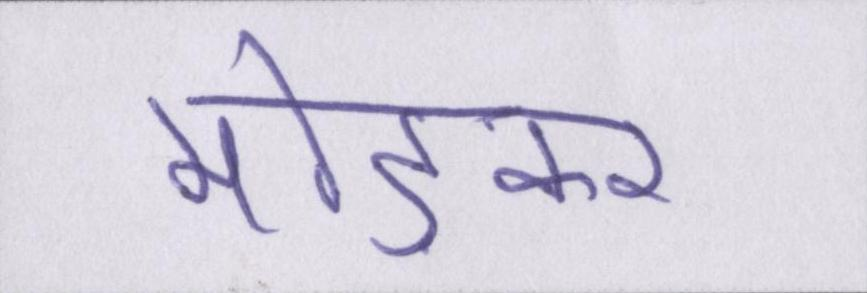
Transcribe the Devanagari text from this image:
मोड़कर